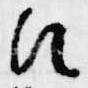
次